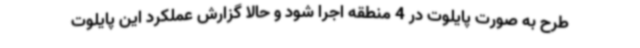
طرح به صورت پایلوت در 4 منطقه اجرا شود و حالا گزارش عملکرد این پایلوت